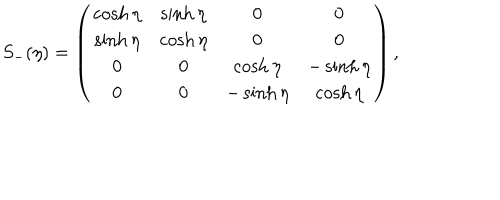
S _ { - } ( \eta ) = \left( \begin{matrix} { { \cosh \eta } } & { { \sinh \eta } } & { { 0 } } & { { 0 } } \\ { { \sinh \eta } } & { { \cosh \eta } } & { { 0 } } & { { 0 } } \\ { { 0 } } & { { 0 } } & { { \cosh \eta } } & { { - \sinh \eta } } \\ { { 0 } } & { { 0 } } & { { - \sinh \eta } } & { { \cosh \eta } } \\ \end{matrix} \right) ,